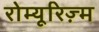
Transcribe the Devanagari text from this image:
रोम्यूरिज़्म